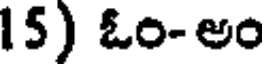
15) ఓం- అం